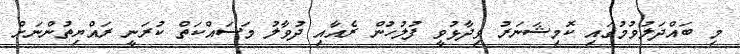
މި ބައްދަލުވުމުގައި ކޮމިޝަނަރު ވިދާޅުވީ ފުލުހުން ރެއާއި ދުވާލު މަސައްކަތް ކުރަނީ ރައްޔިތުންނަށް